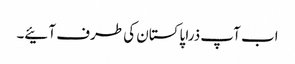
اب آپ ذرا پاکستان کی طرف آئیے۔